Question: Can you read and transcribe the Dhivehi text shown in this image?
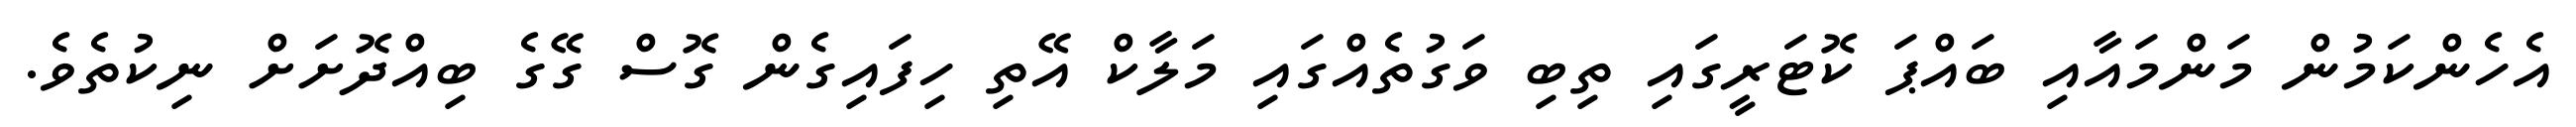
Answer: އެހެންކަމުން މަންމައާއި ބައްޕަ ކޮޓަރީގައި ތިބި ވަގުތެއްގައި މަލާކް އޭތި ހިފައިގެން ގޮސް ގޭގެ ބިއްދޮށަށް ނިކުތެވެ.